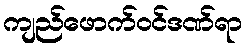
ကျည်ဖောက်ဝင်ဒဏ်ရာ